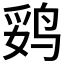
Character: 𱉻